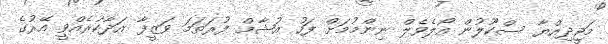
މަޖީދިއްޔާ ސްކޫލުން އޯލެވެލް ނިންމުމަށް ފަހު އުޝާމް ފުރަތަމަ ވަޒީފާ އަދާކުރެއްވީ އޭރުގެ